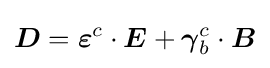
{\boldsymbol {D}}={\boldsymbol {\varepsilon }}^{c}\cdot {\boldsymbol {E}}+{\boldsymbol {\gamma }}_{b}^{c}\cdot {\boldsymbol {B}}